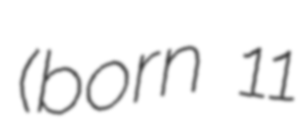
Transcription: (born 11